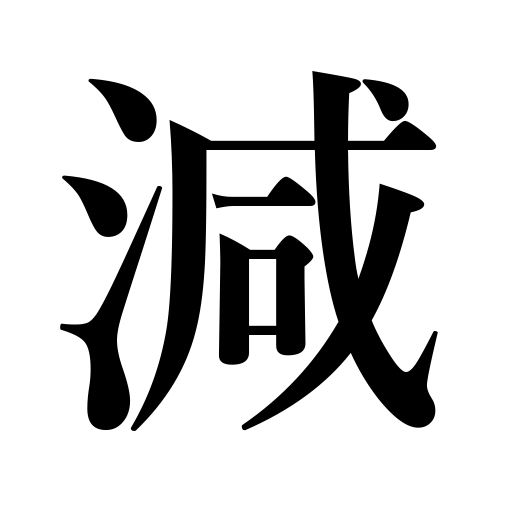
Meanings: decrease,get hungry,dwindle,curtail,decline,be hungry,wear and tear,subside,reduce,shorten